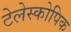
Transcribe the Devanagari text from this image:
टेलेस्कोपिक